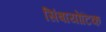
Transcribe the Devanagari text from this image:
सिंबायोटिक